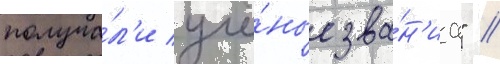
получа́л'и учё́ные зва́н'иа" //